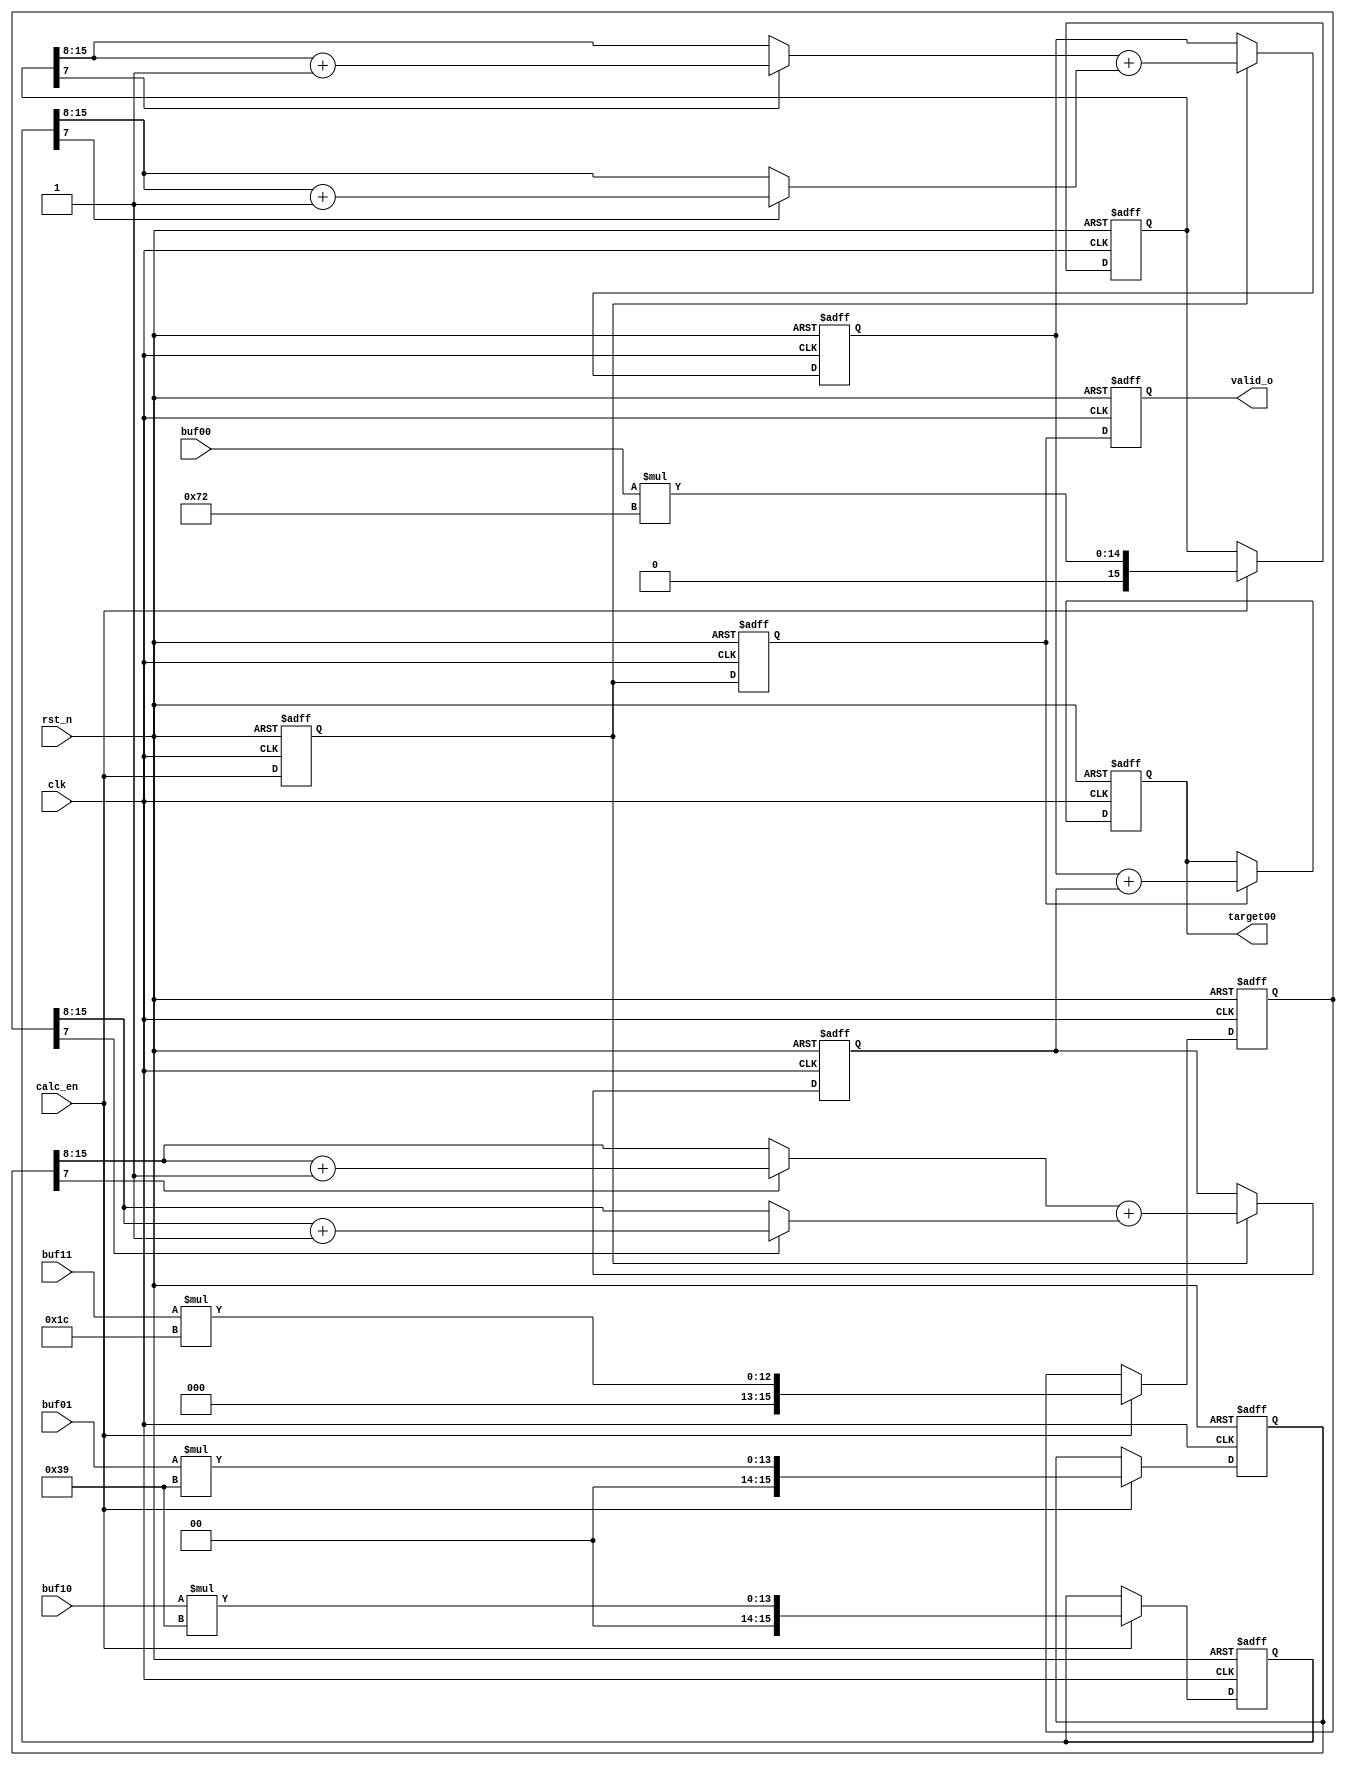
module target_calc4 #(
    parameter DW            = 8 ,
    parameter ROW_CNT_WIDTH = 12,    
    parameter COL_CNT_WIDTH = 12
)(
    input               clk     ,
    input               rst_n   ,
    input               calc_en ,
    input      [DW-1:0] buf00   ,
    input      [DW-1:0] buf10   ,
    input      [DW-1:0] buf01   ,
    input      [DW-1:0] buf11   ,
    output reg [DW-1:0] target00,
    output reg          valid_o  
);

localparam DW_DEC      = 8     ; // 8 bit decimal
localparam para_1_3_8B = 8'd85 ;
localparam para_2_3_8B = 8'd171;
localparam para_1_9_8B = 8'd28 ;
localparam para_2_9_8B = 8'd57 ;
localparam para_4_9_8B = 8'd114;

reg          calc_en_d1, calc_en_d2;

reg [DW+DW_DEC-1:0] mult_4_9_P00, mult_2_9_P10, mult_2_9_P01, mult_1_9_P11;

wire [DW-1:0] mult_4_9_P00_clamp, mult_2_9_P10_clamp, mult_2_9_P01_clamp, mult_1_9_P11_clamp;

reg [DW-1:0] target00_half1, target00_half2;  

// clk 1
always@(posedge clk or negedge rst_n) begin
if(!rst_n)
    calc_en_d1 <= 1'b0;
else    
    calc_en_d1 <= calc_en;  
end

always@(posedge clk or negedge rst_n) begin
if(!rst_n)
    mult_4_9_P00 <= {(DW+DW_DEC){1'b0}};
else if(calc_en)
    mult_4_9_P00 <= buf00 * para_4_9_8B;
end

always@(posedge clk or negedge rst_n) begin
if(!rst_n)
    mult_2_9_P10 <= {(DW+DW_DEC){1'b0}};
else if(calc_en)
    mult_2_9_P10 <= buf10 * para_2_9_8B;
end

always@(posedge clk or negedge rst_n) begin
if(!rst_n)
    mult_2_9_P01 <= {(DW+DW_DEC){1'b0}};
else if(calc_en)
    mult_2_9_P01 <= buf01 * para_2_9_8B;
end

always@(posedge clk or negedge rst_n) begin
if(!rst_n)
    mult_1_9_P11 <= {(DW+DW_DEC){1'b0}};
else if(calc_en)
    mult_1_9_P11 <= buf11 * para_1_9_8B;
end

assign mult_4_9_P00_clamp = mult_4_9_P00[DW_DEC-1]? (mult_4_9_P00[DW+DW_DEC-1:DW_DEC]+1'b1): mult_4_9_P00[DW+DW_DEC-1:DW_DEC]; //safe
assign mult_2_9_P10_clamp = mult_2_9_P10[DW_DEC-1]? (mult_2_9_P10[DW+DW_DEC-1:DW_DEC]+1'b1): mult_2_9_P10[DW+DW_DEC-1:DW_DEC]; 
assign mult_2_9_P01_clamp = mult_2_9_P01[DW_DEC-1]? (mult_2_9_P01[DW+DW_DEC-1:DW_DEC]+1'b1): mult_2_9_P01[DW+DW_DEC-1:DW_DEC];
assign mult_1_9_P11_clamp = mult_1_9_P11[DW_DEC-1]? (mult_1_9_P11[DW+DW_DEC-1:DW_DEC]+1'b1): mult_1_9_P11[DW+DW_DEC-1:DW_DEC];

// clk2
always@(posedge clk or negedge rst_n) begin
if(!rst_n)
    calc_en_d2 <= 1'b0;
else    
    calc_en_d2 <= calc_en_d1;  
end

always@(posedge clk or negedge rst_n) begin
if(!rst_n)
    target00_half1 <= {DW{1'b0}};
else if(calc_en_d1)    
    target00_half1 <= mult_4_9_P00_clamp + mult_2_9_P10_clamp;
end

always@(posedge clk or negedge rst_n) begin
if(!rst_n)
    target00_half2 <= {DW{1'b0}};
else if(calc_en_d1)    
    target00_half2 <= mult_2_9_P01_clamp + mult_1_9_P11_clamp;
end

// clk3

always@(posedge clk or negedge rst_n) begin
if(!rst_n)
    target00 <= {DW{1'b0}};
else if(calc_en_d2)    
    target00 <= target00_half1 + target00_half2;
end

always@(posedge clk or negedge rst_n) begin
if(!rst_n)
    valid_o <= 1'b0;
else 
    valid_o <= calc_en_d2;    
end

endmodule